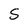
Character: S